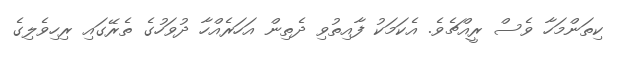
ކިތަންމަހާ ވެސް ރީއްޗެވެ. އެކަމަކު ފާއިތުވި ދެތިން އަހަރެއްހާ ދުވަހުގެ ތެރޭގައި ރިހިވެލިގެ